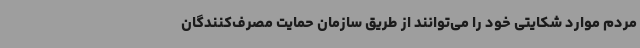
مردم موارد شکایتی خود را می‌توانند از طریق سازمان حمایت مصرف‌کنندگان